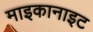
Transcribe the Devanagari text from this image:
माइकानाइट